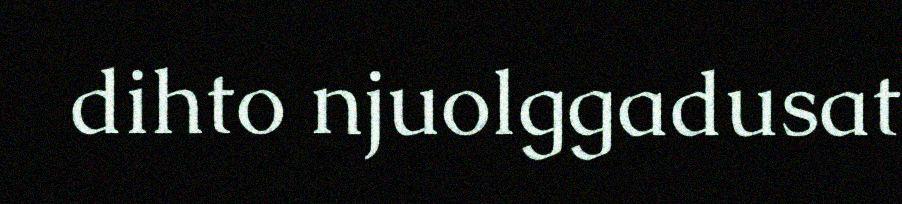
dihto njuolggadusat